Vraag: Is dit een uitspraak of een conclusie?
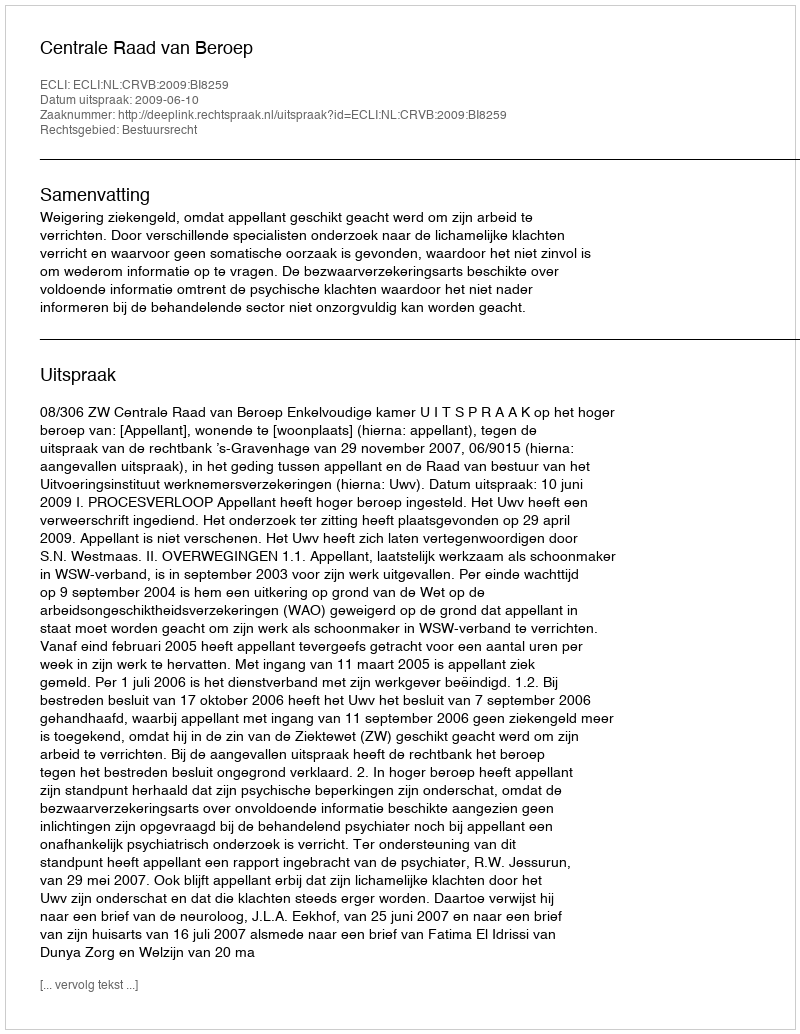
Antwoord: Uitspraak